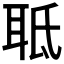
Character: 𦕑